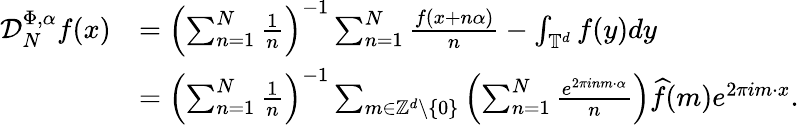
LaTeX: \begin{array}{rl}{\mathcal D_{N}^{\Phi,\alpha}f(x)}&{=\left(\sum_{n=1}^{N}\frac{1}{n}\right)^{-1}\sum_{n=1}^{N}\frac{f(x+n\alpha)}{n}-\int_{\mathbb{T}^{d}}f(y)dy}\\ &{=\left(\sum_{n=1}^{N}\frac{1}{n}\right)^{-1}\sum_{m\in\mathbb{Z}^{d}\setminus\{ 0\} }\left(\sum_{n=1}^{N}\frac{e^{2\pi inm\cdot\alpha}}{n}\right)\widehat{f}(m)e^{2\pi im\cdot x}.}\end{array}